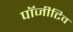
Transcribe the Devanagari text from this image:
पॉजीटिव